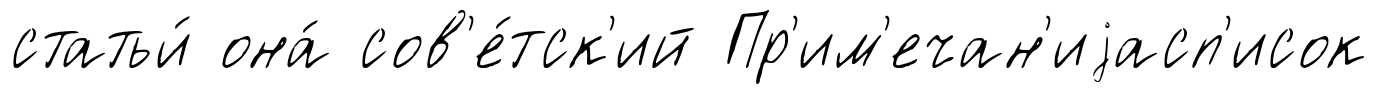
статьи́ она́ сов'е́тск'ий Пр'им'ечан'иjасп'исок